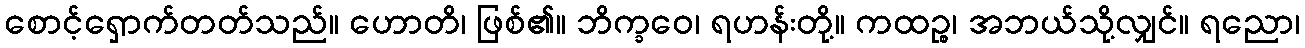
စောင့်ရှောက်တတ်သည်။ ဟောတိ၊ ဖြစ်၏။ ဘိက္ခဝေ၊ ရဟန်းတို့။ ကထဉ္စ၊ အဘယ်သို့လျှင်။ ရညော၊